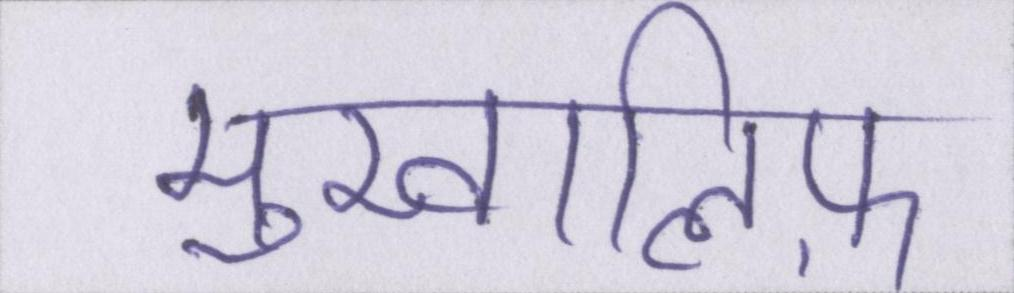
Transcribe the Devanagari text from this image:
मुखालिफ़